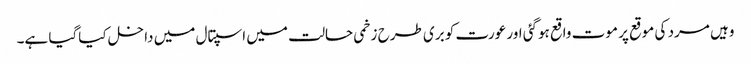
وہیں مرد کی موقع پر موت واقع ہوگئی اور عورت کو بری طرح زخمی حالت میں اسپتال میں داخل کیاگیا ہے۔